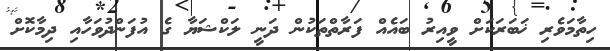
ހިތާމަވެރި ޚަބަރަކަށް ވީއިރު ބައެއް ފަރާތްތަކުން ދަނީ ލަކްޝަޔާ ގެ އުފަންދުވަހާއި ދިމާކޮށް